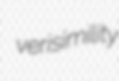
verisimility